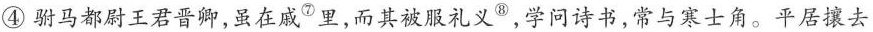
④驸马都尉王君晋卿，虽在咸^{⑦}里，而其被服礼义^{⑧}，学问诗书，常与寒士角。平居攘去